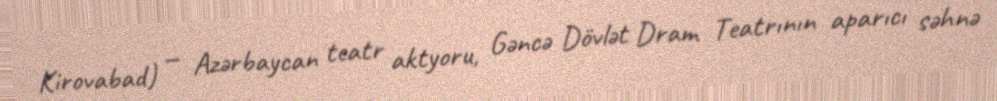
Kirovabad) — Azərbaycan teatr aktyoru, Gəncə Dövlət Dram Teatrının aparıcı səhnə